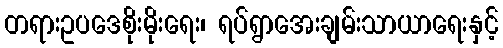
တရားဥပဒေစိုးမိုးရေး၊ ရပ်ရွာအေးချမ်းသာယာရေးနှင့်